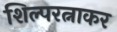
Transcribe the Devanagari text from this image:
शिल्परत्नाकर